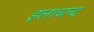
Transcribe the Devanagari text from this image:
इलाचन्द